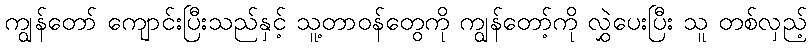
ကျွန်တော် ကျောင်းပြီးသည်နှင့် သူ့တာဝန်တွေကို ကျွန်တော့်ကို လွှဲပေးပြီး သူ တစ်လှည့်